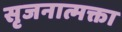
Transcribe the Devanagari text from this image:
सृजनात्मक्ता